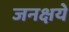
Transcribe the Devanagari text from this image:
जनक्षये